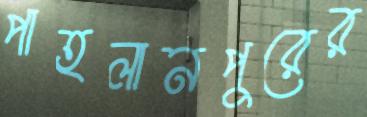
পাহলানপুরের